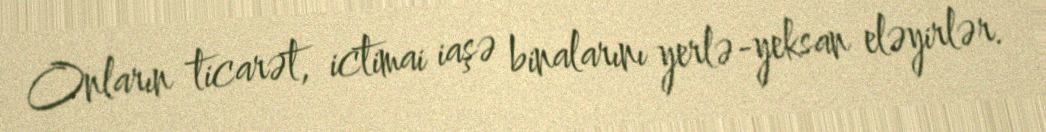
Onların ticarət, ictimai iaşə binalarını yerlə-yeksan eləyirlər.